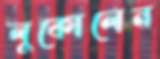
লুকোলেন